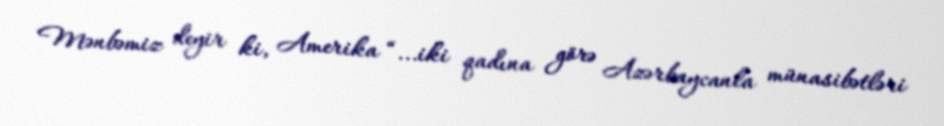
Mənbəmiz deyir ki, Amerika “...iki qadına görə Azərbaycanla münasibətləri